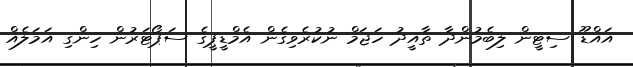
އައްޑޫ ސިޓީން ލިބެމުންދާ ތާއީދު ހަޖަމް ނުކުރެވިގެން އެމްޑީޕީގެ ސަޕޯޓަރުން ހިންގި އަމަލެއް